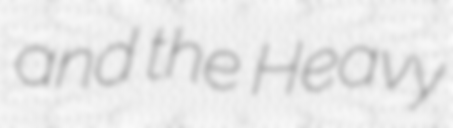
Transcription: and the Heavy